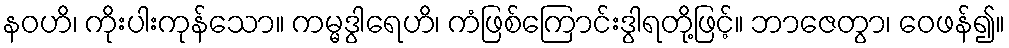
နဝဟိ၊ ကိုးပါးကုန်သော။ ကမ္မဒွါရေဟိ၊ ကံဖြစ်ကြောင်းဒွါရတို့ဖြင့်။ ဘာဇေတွာ၊ ဝေဖန်၍။